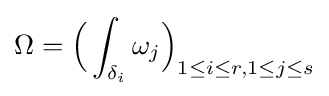
\Omega ={\Big (}\int _{\delta _{i}}\omega _{j}{\Big )}_{1\leq i\leq r,1\leq j\leq s}